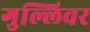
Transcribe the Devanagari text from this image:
गुल्लिवर